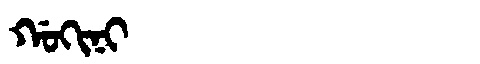
Manchu: ᡤᠣᡴᡳᠨᡳ
Romanization: GOKINI